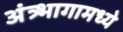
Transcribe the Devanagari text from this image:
अंत्र्भागामध्ये